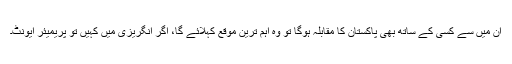
ان میں سے کسی کے ساتھ بھی پاکستان کا مقابلہ ہوگا تو وہ اہم ترین موقع کہلائے گا، اگر انگریزی میں کہیں تو پریمیئر ایونٹ۔